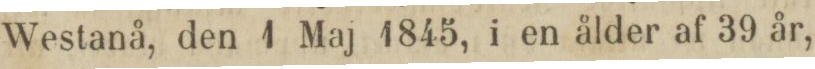
Westanå, den 1 Maj 1845, i en ålder af 39 år,